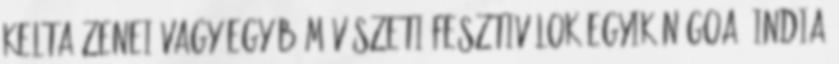
kelta zenei vagy egyéb művészeti fesztiválok egyikén Goa, India